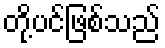
တို့ပင်ဖြစ်သည်